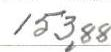
153,88